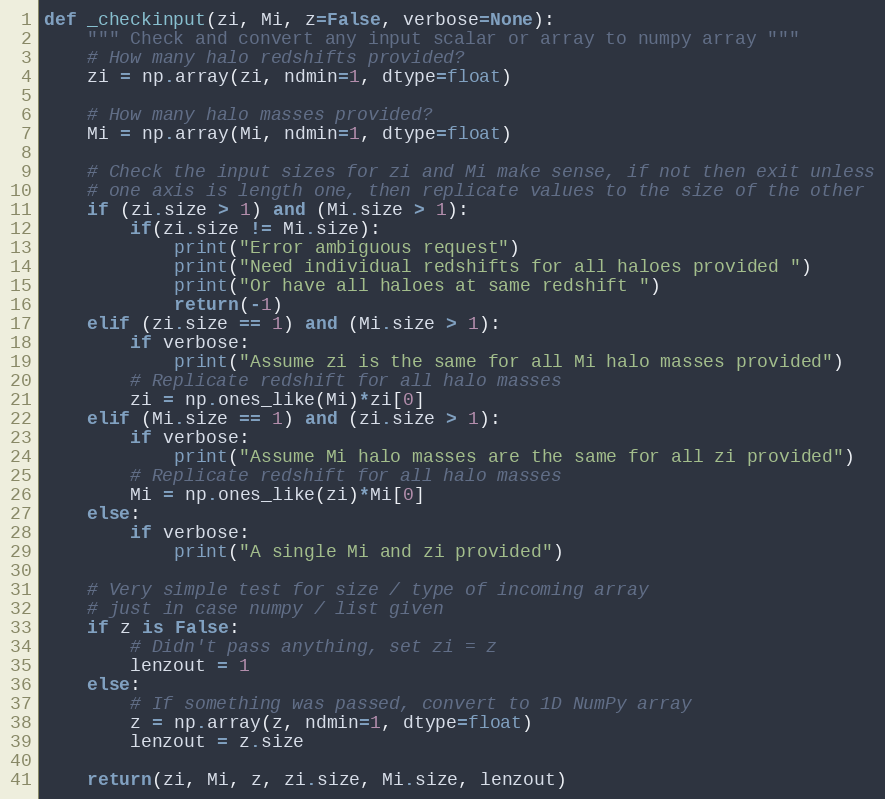
Language: Python
def _checkinput(zi, Mi, z=False, verbose=None):
    """ Check and convert any input scalar or array to numpy array """
    # How many halo redshifts provided?
    zi = np.array(zi, ndmin=1, dtype=float)

    # How many halo masses provided?
    Mi = np.array(Mi, ndmin=1, dtype=float)

    # Check the input sizes for zi and Mi make sense, if not then exit unless
    # one axis is length one, then replicate values to the size of the other
    if (zi.size > 1) and (Mi.size > 1):
        if(zi.size != Mi.size):
            print("Error ambiguous request")
            print("Need individual redshifts for all haloes provided ")
            print("Or have all haloes at same redshift ")
            return(-1)
    elif (zi.size == 1) and (Mi.size > 1):
        if verbose:
            print("Assume zi is the same for all Mi halo masses provided")
        # Replicate redshift for all halo masses
        zi = np.ones_like(Mi)*zi[0]
    elif (Mi.size == 1) and (zi.size > 1):
        if verbose:
            print("Assume Mi halo masses are the same for all zi provided")
        # Replicate redshift for all halo masses
        Mi = np.ones_like(zi)*Mi[0]
    else:
        if verbose:
            print("A single Mi and zi provided")

    # Very simple test for size / type of incoming array
    # just in case numpy / list given
    if z is False:
        # Didn't pass anything, set zi = z
        lenzout = 1
    else:
        # If something was passed, convert to 1D NumPy array
        z = np.array(z, ndmin=1, dtype=float)
        lenzout = z.size

    return(zi, Mi, z, zi.size, Mi.size, lenzout)